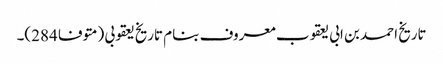
تاریخ احمد بن ابی یعقوب معروف بنام تاریخ یعقوبی (متوفا 284)۔